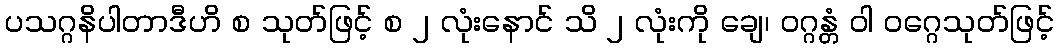
ပသဂ္ဂနိပါတာဒီဟိ စ သုတ်ဖြင့် စ ၂ လုံးနောင် သိ ၂ လုံးကို ချေ၊ ဝဂ္ဂန္တံ ဝါ ဝဂ္ဂေသုတ်ဖြင့်